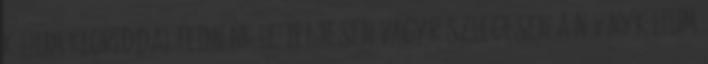
kálium-kloriddal fednénk le teljesen vagy részlegesen a növény kálium